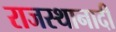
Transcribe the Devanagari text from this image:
राजस्थानादी